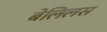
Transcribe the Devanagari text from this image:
बेलिलस